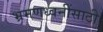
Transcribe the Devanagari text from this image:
भ्रमणध्वनींसाठी